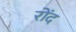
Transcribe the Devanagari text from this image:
रोंद